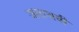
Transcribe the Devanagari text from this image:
जलाश्रयी